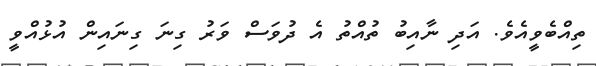
ތިއްބެވީއެވެ. އަދި ނާއިބު ތުއްތު އެ ދުވަސް ވަރު ގިނަ ގިނައިން އުޅުއްވީ